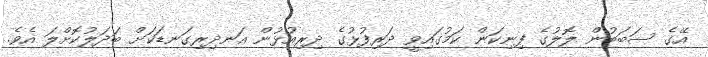
އޭގެ ސަބަބުން ލޮލުގެ ފިނިކަން ކަމުގައިވީ ދަރިފުޅުގެ ދިރިއުޅުން އަނދިރިގަނޑަކަށް ބަދަލުކޮށްލަ އެވެ.